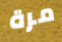
مرة